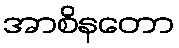
အာစိနတော